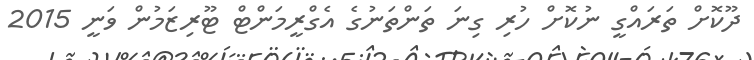
ދޫކޮށް ތަރައްގީ ނުކޮށް ހުރި ގިނަ ތަންތަނުގެ އެގްރީމަންޓް ޓޫރިޒަމުން ވަނީ 2015